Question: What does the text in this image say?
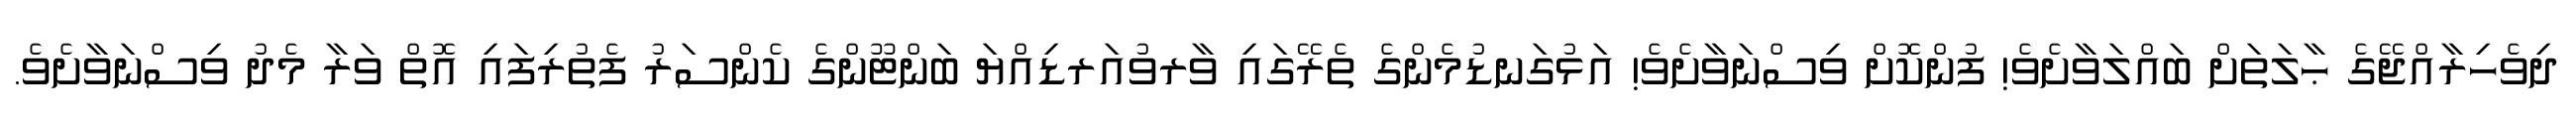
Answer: ދިވެހިރާއްޖޭގެ ޙާލަތަށް ބައްލަވާށެވެ! ފުންކޮށް ވިސްނަވާށެވެ! އަޅުގަނޑުމެންގެ ތެރޭގައި ވާރވުއަރޑިއްޔަ ބަންޓޫންގެ ކެންސަރު ފެތުރިފައި އޮތް ވަރާ މެދު ވިސްނަވާށެވެ.